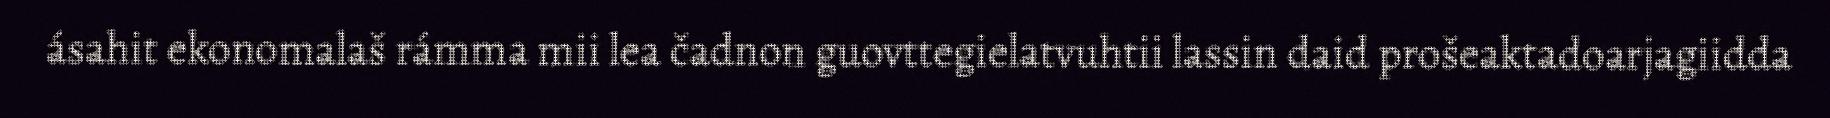
ásahit ekonomalaš rámma mii lea čadnon guovttegielatvuhtii lassin daid prošeaktadoarjagiidda